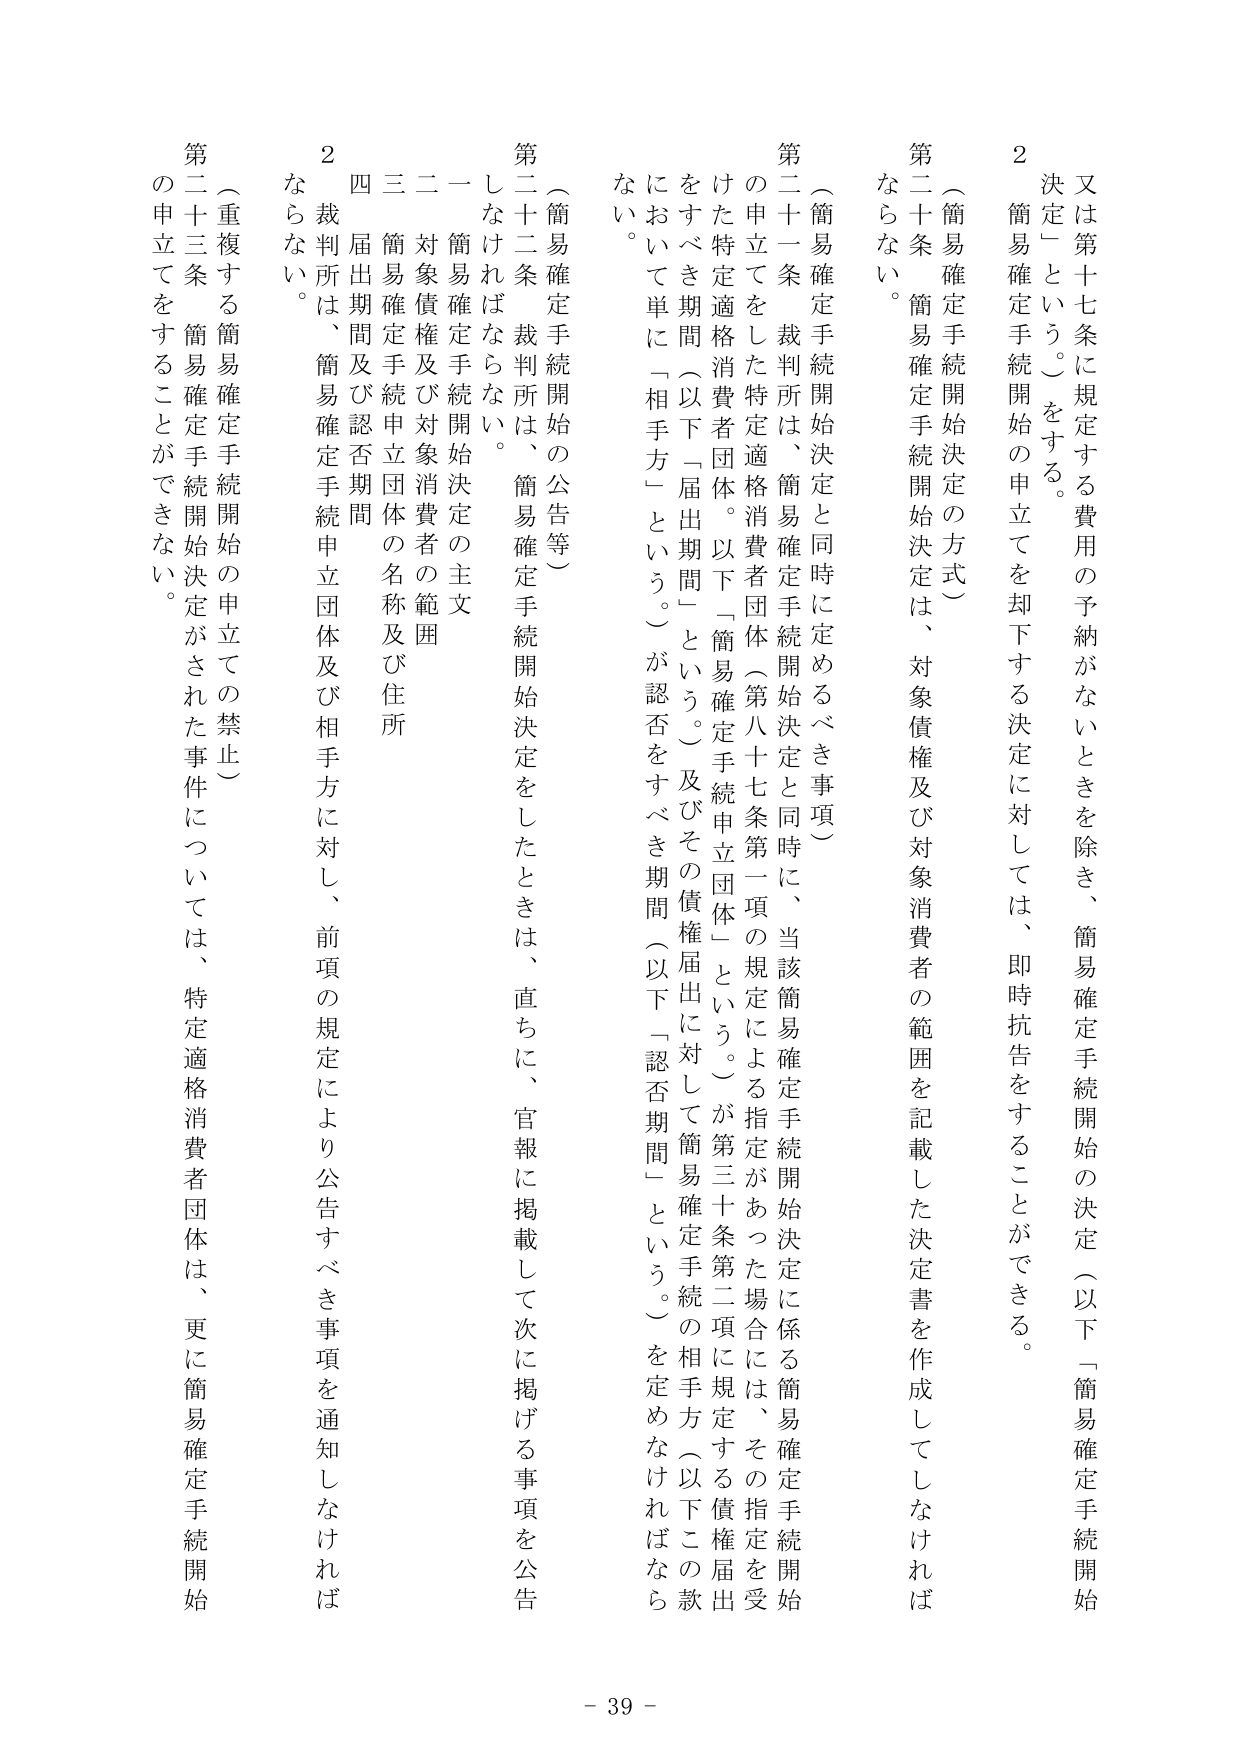
又は第十七条に規定する費用の予納がないときを除き、簡易確定手続開始の決定（以下「簡易確定手続開始決定」という。）をする。

２　簡易確定手続開始の申立てを却下する決定に対しては、即時抗告をすることができる。

（簡易確定手続開始決定の方式）

第二十条　簡易確定手続開始決定は、対象債権及び対象消費者の範囲を記載した決定書を作成してしなければならない。

（簡易確定手続開始決定と同時に定めるべき事項）

第二十一条　裁判所は、簡易確定手続開始決定と同時に、当該簡易確定手続開始決定に係る簡易確定手続開始の申立てをした特定適格消費者団体（第八十七条第一項の規定による指定があった場合には、その指定を受けた特定適格消費者団体。以下「簡易確定手続申立団体」という。）が第三十条第二項に規定する債権届出をすべき期間（以下「届出期間」という。）及びその債権届出に対して簡易確定手続の相手方（以下この款において単に「相手方」という。）が認否をすべき期間（以下「認否期間」という。）を定めなければならない。

（簡易確定手続開始の公告等）

第二十二条　裁判所は、簡易確定手続開始決定をしたときは、直ちに、官報に掲載して次に掲げる事項を公告しなければならない。

一　簡易確定手続開始決定の主文

二　対象債権及び対象消費者の範囲

三　簡易確定手続申立団体の名称及び住所

四　届出期間及び認否期間

２　裁判所は、簡易確定手続申立団体及び相手方に対し、前項の規定により公告すべき事項を通知しなければならない。

（重複する簡易確定手続開始の申立ての禁止）

第二十三条　簡易確定手続開始決定がされた事件については、特定適格消費者団体は、更に簡易確定手続開始の申立てをすることができない。

- 39 -